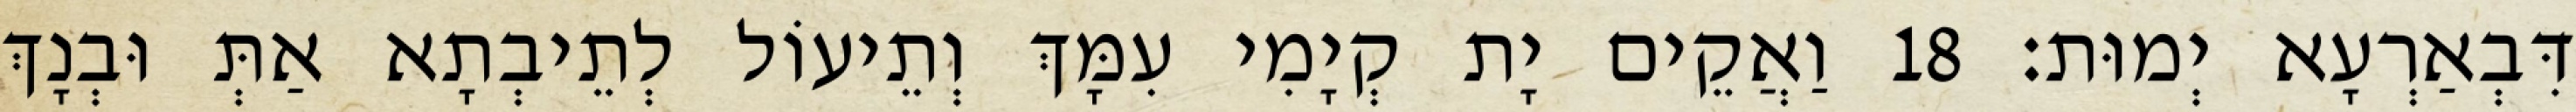
דִּבְאַרְעָא יְמוּת׃ 18 וַאֲקֵים יָת קְיָמִי עִמָּךְ וְתֵיעוֹל לְתֵיבְתָא אַתְּ וּבְנָךְ